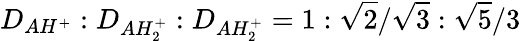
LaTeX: D_{AH^{+}}:D_{AH_{2}^{+}}:D_{AH_{2}^{+}}=1:\sqrt{2}/\sqrt{3}:\sqrt{5}/3